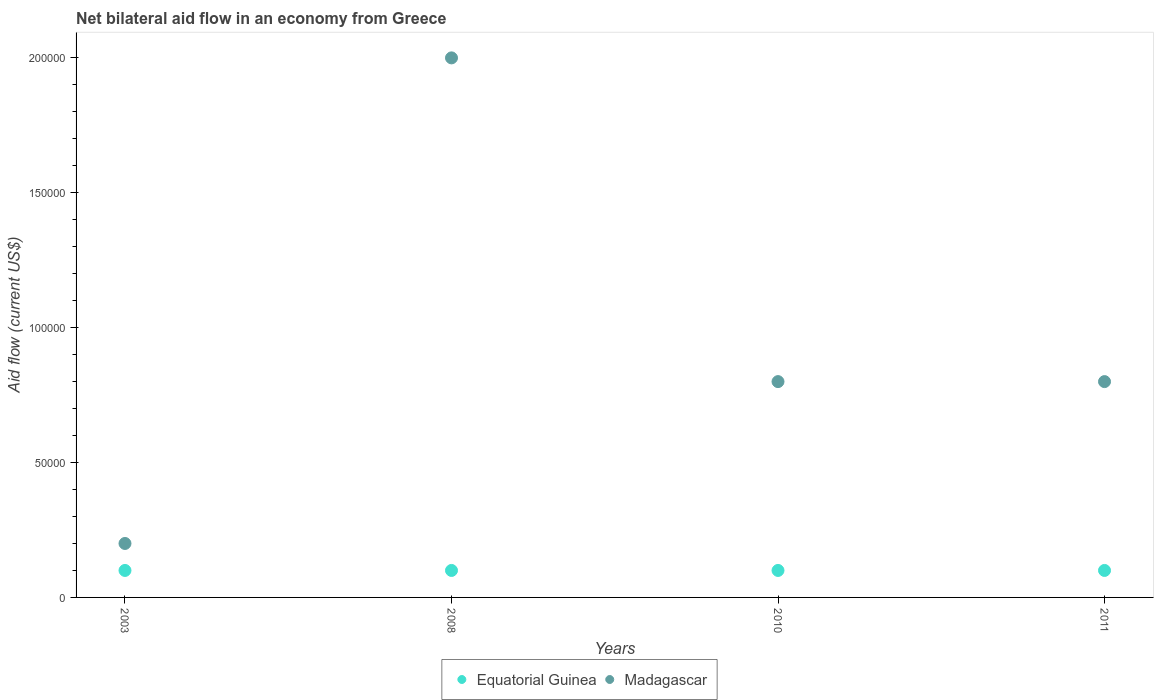
| Years | Equatorial Guinea | Madagascar |
 | --- | --- | --- |
 | 2003 | 1e+04 | 2e+04 |
 | 2008 | 1e+04 | 2e+05 |
 | 2010 | 1e+04 | 8e+04 |
 | 2011 | 1e+04 | 8e+04 |